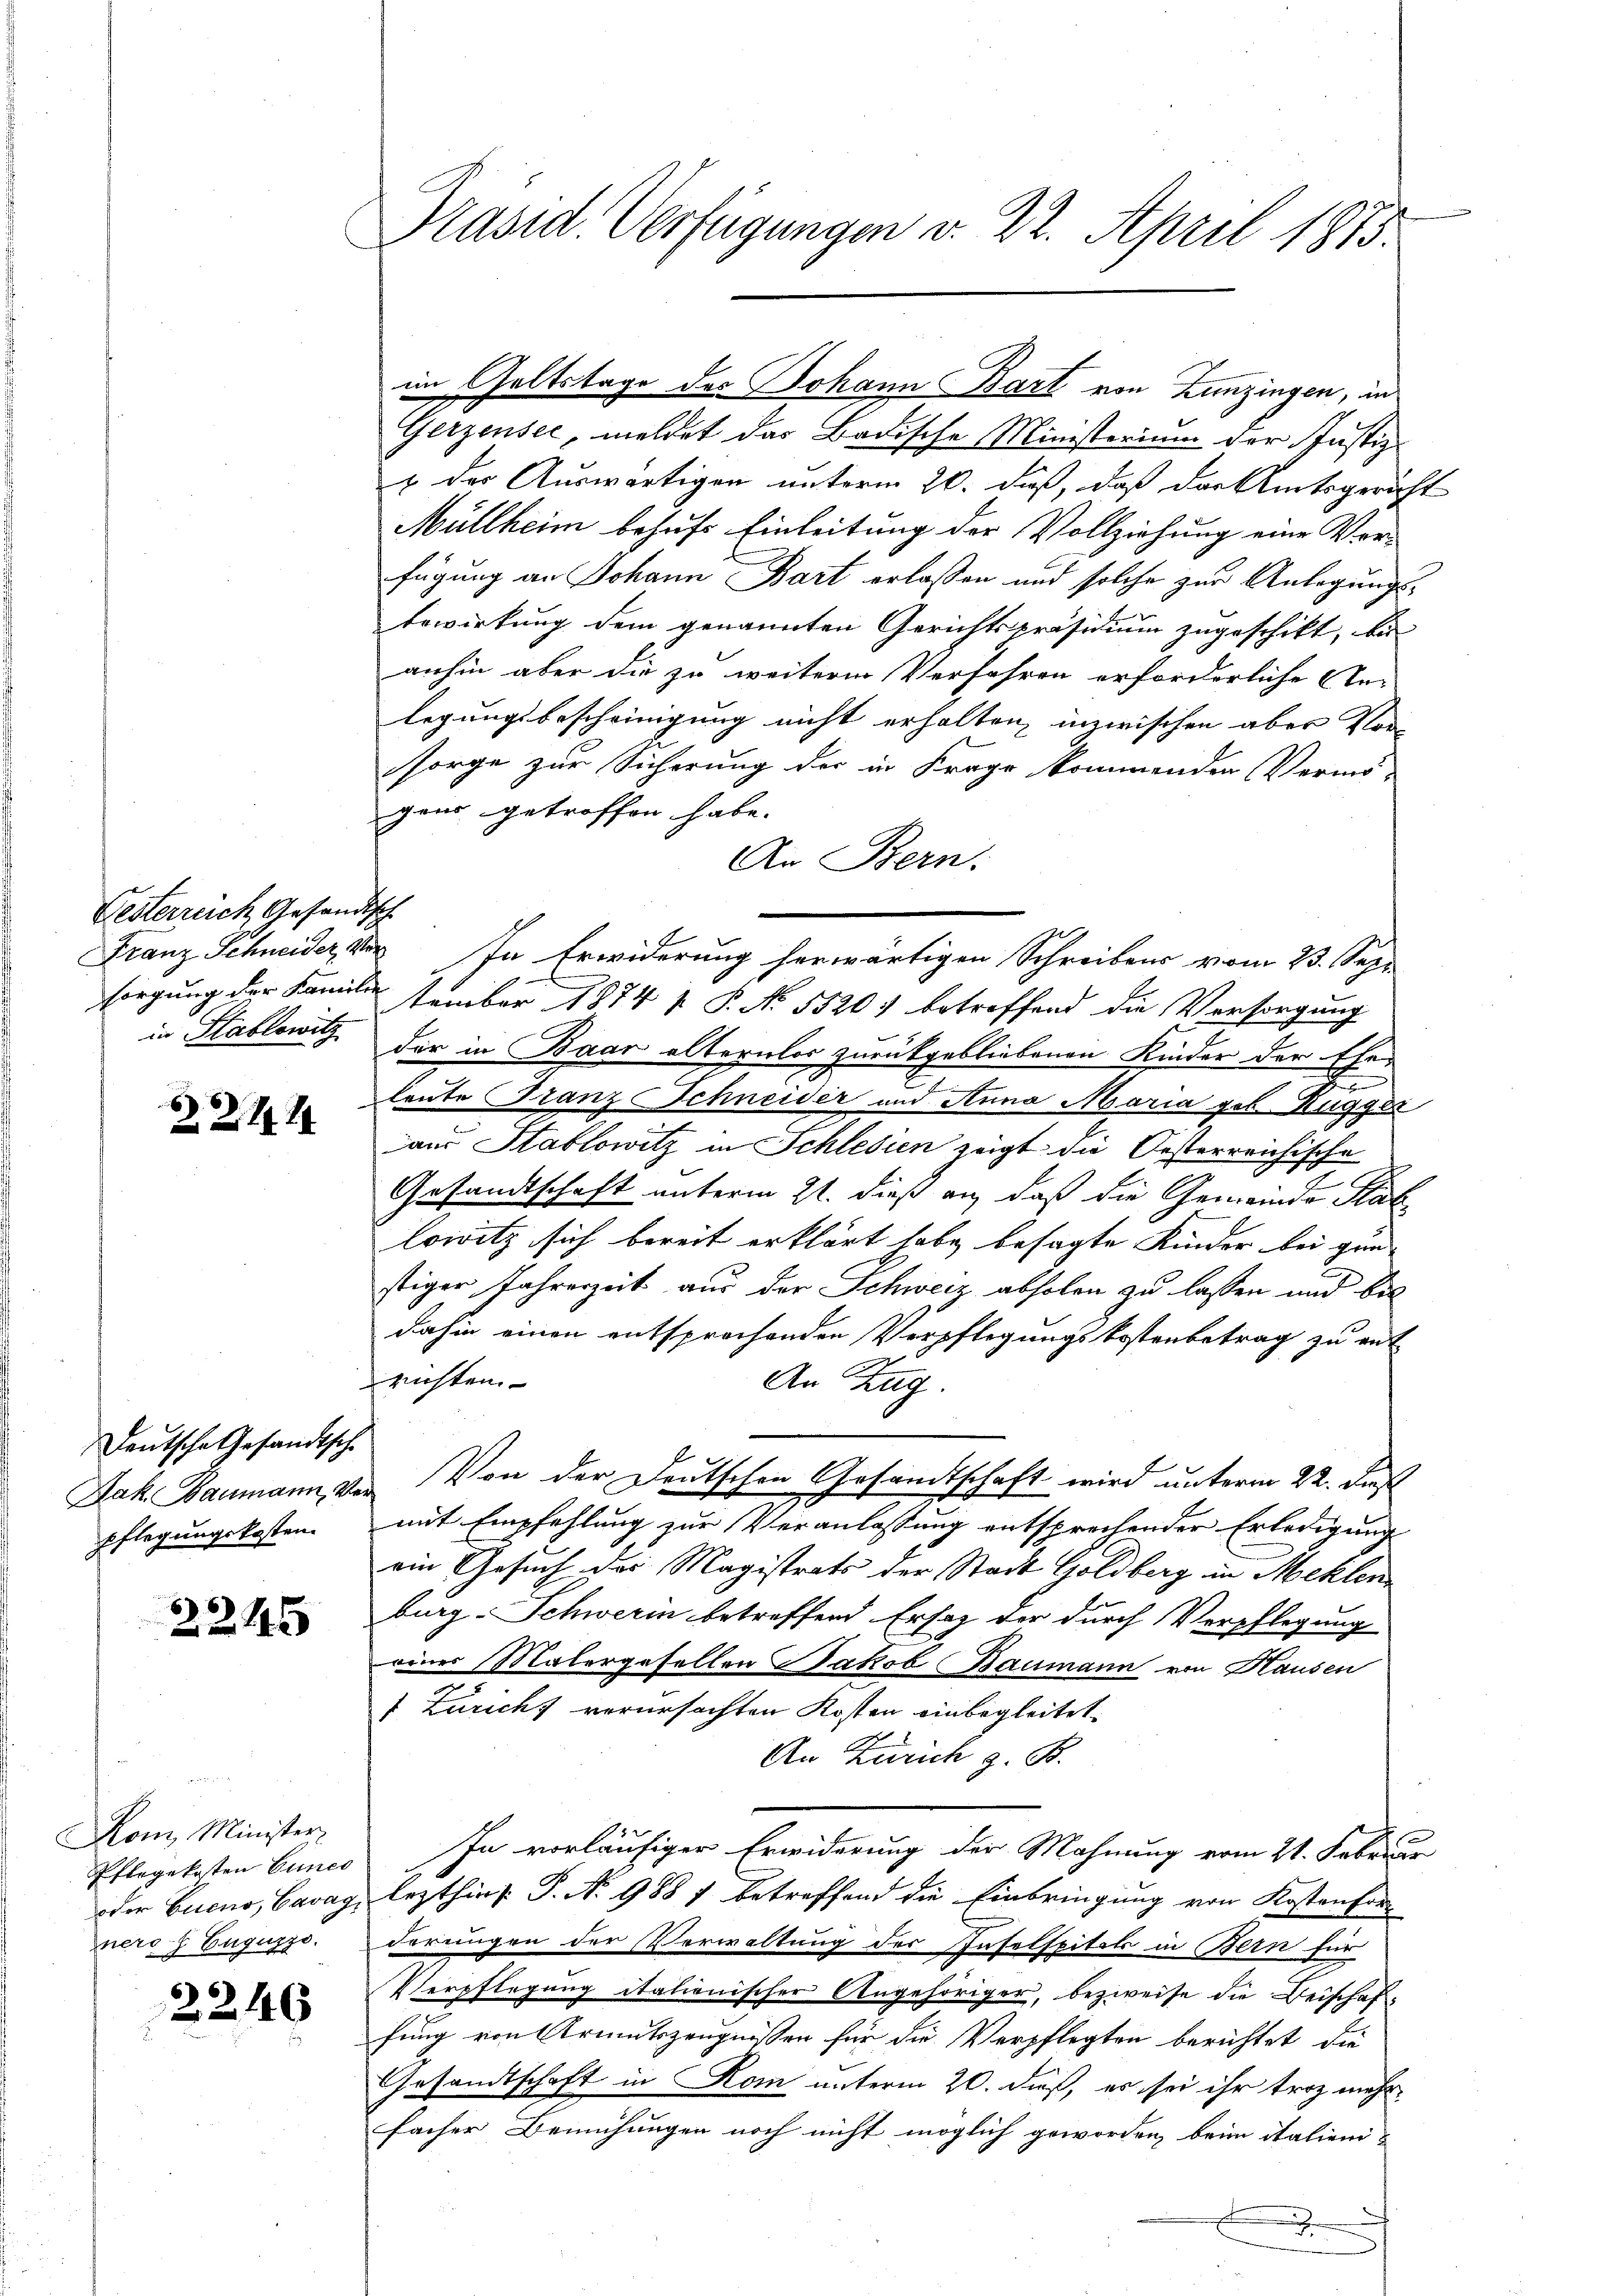
Festerreich Gesandtsch

Z.Z. 141

Deutsche Gesandtsche
pflegungskosten.

2245

Mone Minister,
Pflegekosten Eines
ners J. Euguzzo.

2246

Präsid. Verfügungen v. 22. April 1875.

Gerzensee, meldet das Badische Ministerium der Justiz-
& der Auswärtigen unterm 20. daß, daß das Amtsgericht
Müllheim behufs Einleitung der Vollziehung eine Vorfügung an Johann Bart erlassen und solche zur Anlegungs¬
Erwirkung dem genannten Gerichtspräsidium zugeschikt, bis
anhin aber die zu weiterm Verfahren erforderliche An-
legungsbescheinigung nicht erhalten, inzwischen aber Vor-
sorge zur Sicherung der in Frage kommenden Vermö-
gans getroffen habe.
An Bern.
Franz Schneider, vor. In Erwiderung herwärtigen Schreibens vom 23. Sept
sorgung der Familie tember 1874 f. P. Nr. 5520. betreffend die Versorgung
Hablowitz der in Baar alternlos zurückgebliebenen Kinder der Eheleute Franz Schneider und Anna Maria geb. Ruggen
aus Stablowitz in Schlesien zeigt die Oesterreichische
Gesandtschaft unterm 21. dieß an, daß die Gemeinde Stat
lowitz sich bereit erklärt habe besagte Kinder bei gun-
stiger Jahreszeit aus der Schweiz abholen zu lassen und bes
dahin einen entsprochenden Verpflegungskostenbetrag zu ant
richten.
An Zug.
Jak Baumann, der Von der Deutschen Gesandtschaft wird unterm 22. Fest
mit Empfehlung zur Veranlassung entsprechender Erledigung
ein Gesuch des Magistrats der Stadt Goldberg in Mehlen
burg-Schwerin betreffend Ersatz der durch Verpflegung
eines Malergesellen Jakob Baumann von Hausen
1 Züricht verursachten Kosten einbegleitet.
An Zürich z. B.
In vorläufiger Erwiderung der Mahnung vom 21. Februar
oder Bueno, Cavag, lezthin s. P. No 988 7 betreffend die Einbringung von Kostenforderungen der Verwaltung der Inselspitals in Bern für
Verpflegung italienischer Angehöriger, bezweife die Beischaffung von Armutszeugnissen für die Verpflegten berichtet, die
Gesandtschaft in Rom unterm 20. daß, es sei ihr troz mehrfacher Bemühungen noch nicht möglich geworden, beim italieni
.

im Geltstage des Johann Bart von Zunzingen, in